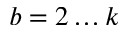
b = 2 \dots k